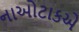
નાઓટાકએ